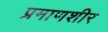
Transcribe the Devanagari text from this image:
प्रमाणशीर